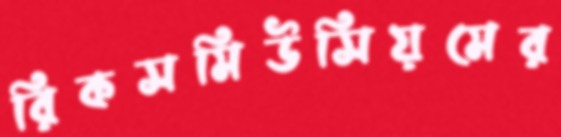
রিকসমিউসিয়মের